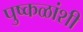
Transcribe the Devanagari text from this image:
पुष्कळांशी